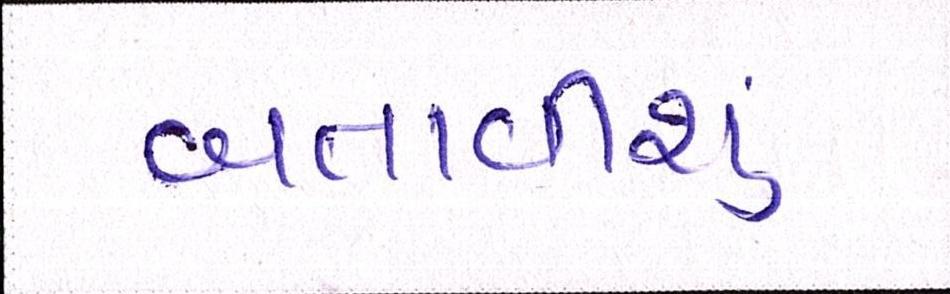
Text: બતાવીશુ